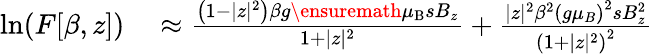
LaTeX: \begin{array}{rl}{\ln(F[\beta,z])}&{{}\approx\frac{\left(1-|z|^{2}\right)\beta g{\ensuremath{\mu_{\mathrm{B}}}}sB_{z}}{1+|z|^{2}}+\frac{|z|^{2}\beta^{2}\left(g\mu_{B}\right)^{2}sB_{z}^{2}}{\left(1+|z|^{2}\right)^{2}}}\end{array}